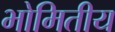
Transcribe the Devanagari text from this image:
भोमितीय